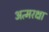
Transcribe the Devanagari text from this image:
अत्मरक्षा